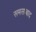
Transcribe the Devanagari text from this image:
समसाबाद